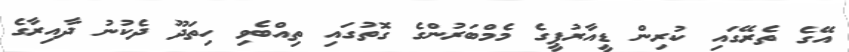
އޭގެ ތެރޭގައި ކުރިން ޑީއާރުޕީގެ މެމްބަރުންގެ ގޮތުގައި ތިއްބެވި ހިތަދޫ ދެކުނު ދާއިރާގެ